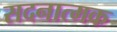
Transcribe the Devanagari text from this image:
सदनात्मक